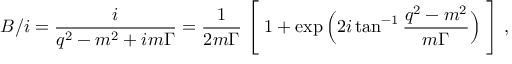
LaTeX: { \cal B } / i = \frac { i } { q ^ { 2 } - m ^ { 2 } + i m \Gamma } = \frac { 1 } { 2 m \Gamma } \Biggm [ 1 + \exp \Big ( 2 i \tan ^ { - 1 } \frac { q ^ { 2 } - m ^ { 2 } } { m \Gamma } \Big ) \Biggm ] \ ,